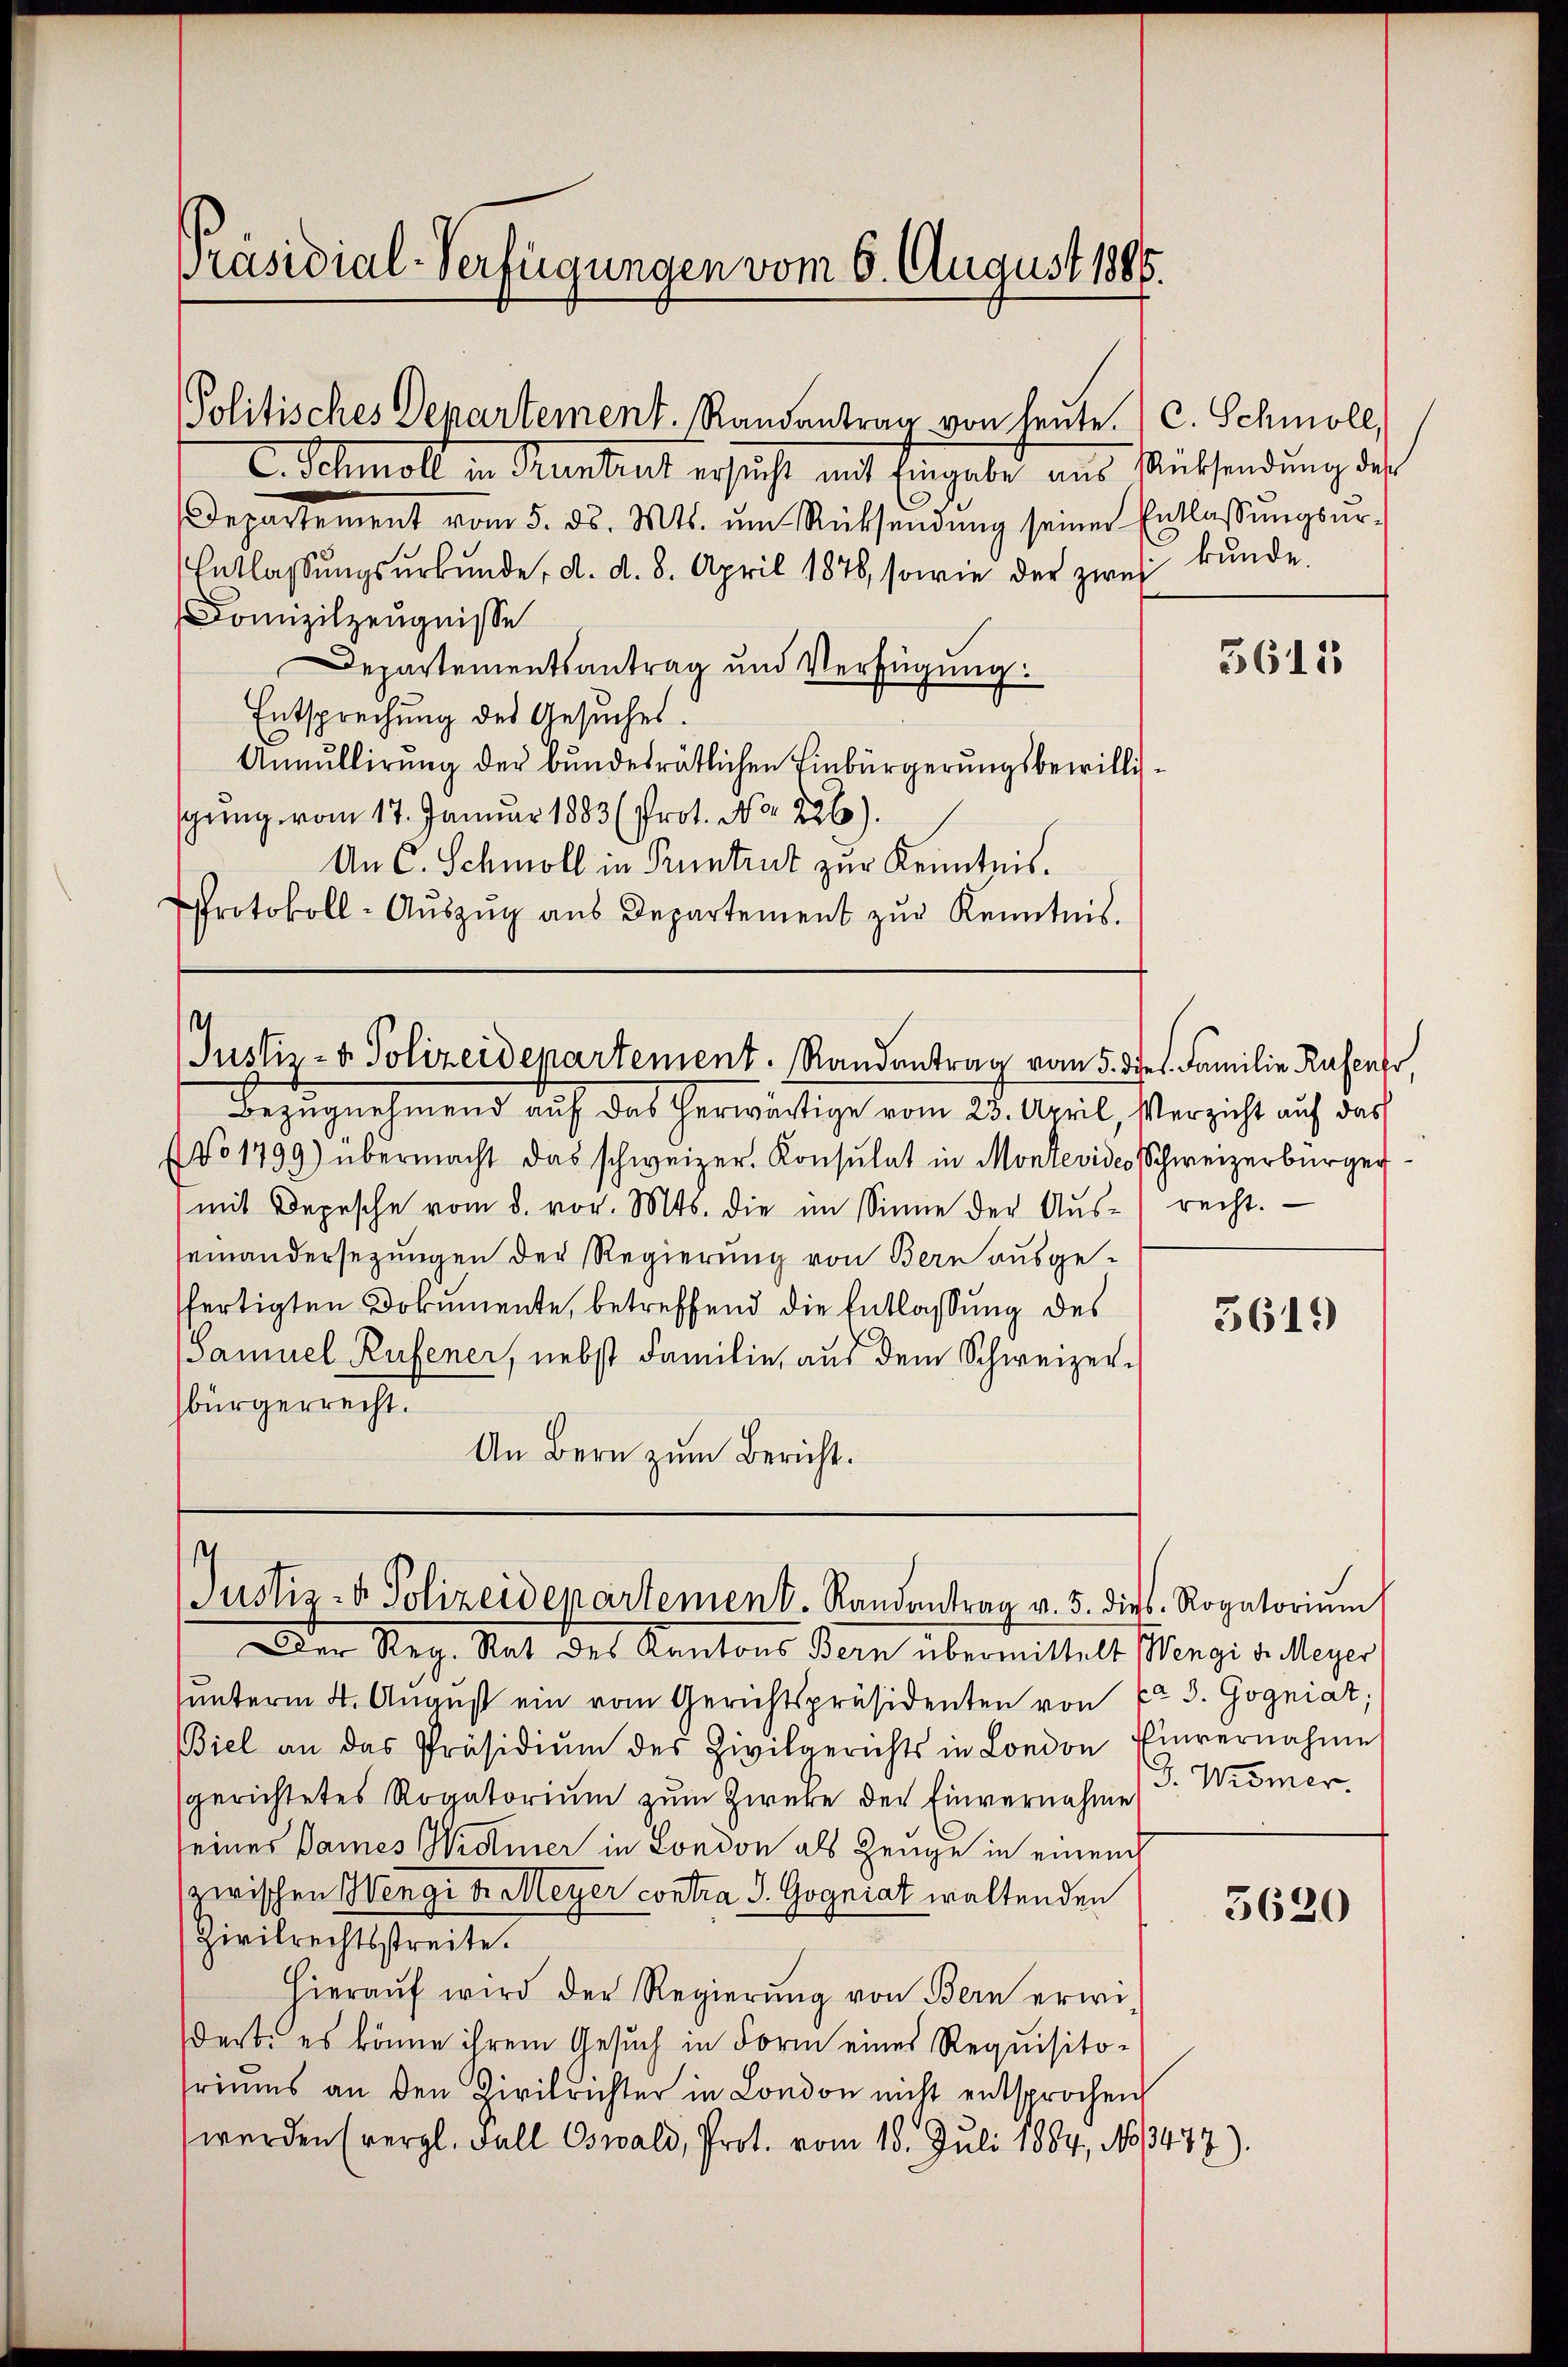
Präsidial-Verfügungen vom 6. August 1885.

Politisches Departement. Randantrag von heute.) C. Schmoll,

C. Schmoll in Pruntrut ersucht mit Eingabe aus Rüksendŭng des
Departement vom 5. ds. Mts. um Rücksendŭng seiner Entlassŭngsŭr-
Entlassŭngsŭrkŭnde, d. d. 8. April 1876, sowie der zwei kunde.
Comizilzeugnisse
Departementsantrag und Verfügung:
Entsprechung des Gesuches.
Annullirung der bundesrätlichen Einbürgerungsbewillig
sprung vom 17. Januar 1883 (Prot. No 226).
An C. Schmoll in Pruntrut zur Kenntnis.
Protokoll-Aŭszŭg aŭs Departement zŭr Kenntnis.

¬
Justiz- & Polizeidepartement. Randantrag vom 5. dies. Familie Rasenfr

Bezugnehmend auf das herwärtige vom 23. April, Verzicht auf das
NNo 1799) übermacht das schweizer. Konsulat in Montevides Schweizerbürger
mit Depesche vom 8. vor. Mts. die im Sinne der Aŭs- recht.
seinandersezungen der Regierung von Bern ausgefertigten Dokumente, betreffend die Entlassung des
Samuel Rufener, nebst Familie, aus dem Schweizer-
bürgerrecht.
An Bern zum Bericht.

Justiz- & Polizeidenartement. Randantrag v. 5. dies Rogatorium

Der Reg. Rat des Kantons Bern übermittelt Wengi v. Meyer
unterm 4. August ein vom Gerichtspräsidenten von C. S. Gogniat;
Biel an das Präsidiŭm des Zivilgerichts in London Einvernahme
gerichtetes Rogatorium zum Zwecke der Einvernahme
eines Dames Widmer in London als Zeuge in einen h
zwischen Wengi der Meyer contra S. Gogniat waltenden
Zivilrechtsstreite.
Hieraŭf wird der Regierŭng von Bern erwi-
Werte es könne ihrem Gesuch in Form eines Requisito-
riums an den Zivilrichter in London nicht entsprochen
werden (vergl. Fall Oswald, Prot. vom 15. Juli 1884, No 13477).

J. Wismer.

3615

3619

5620